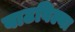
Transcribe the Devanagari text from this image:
बाटविल्या